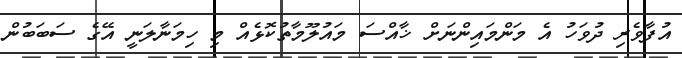
އުފާވެރި ދުވަހު އެ މަންމައިންނަށް ޚާއްސަ މައުލޫމާތުކޮޅެއް މި ހިމަނާލަނީ އޭގެ ސަބަބުން